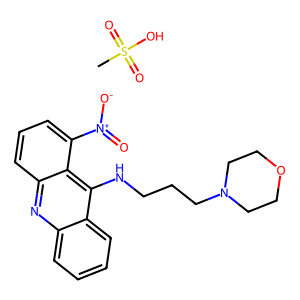
SMILES: CS(=O)(=O)O.O=[N+]([O-])c1cccc2nc3ccccc3c(NCCCN3CCOCC3)c12
Inhibits HIV replication: No